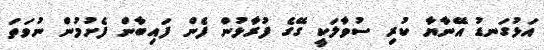
އަޅުގަނޑު އޭނާޔާ ކުރި ސުވާލަކީ ގޭގެ ފުރާޅުން ފެން ފައިބާން ފެށުމުން ނުވަތަ